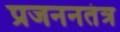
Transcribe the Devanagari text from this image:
प्रजननतंत्र